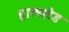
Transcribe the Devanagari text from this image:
हाल्सटेड